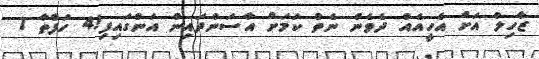
ޒާހިލް އަށް އެހީއެއް ދެވެން ނެތް ކަމަށް އާސަންދައިން އަންގައިފި!4 ހަފްތާ 1